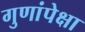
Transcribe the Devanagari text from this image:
गुणांपेक्षा